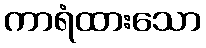
ကာရံထားသော